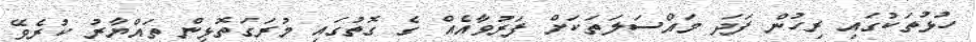
ހުޅުތަކުގައި ރިހުން ފަދަ މައްސަލަތަކަށް ފަރުވާއެއް ގެ ގޮތުގައި މުރަގަތޮޅިން ތައްޔާރު ކުރެވޭ